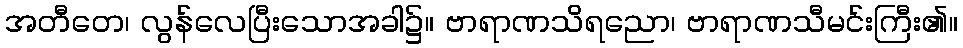
အတီတေ၊ လွန်လေပြီးသောအခါ၌။ ဗာရာဏသိရညော၊ ဗာရာဏသီမင်းကြီး၏။